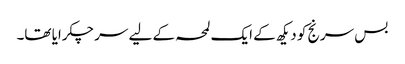
بس سرنج کو دیکھ کے ایک لمحہ کے لیے سر چکرایا تھا۔